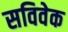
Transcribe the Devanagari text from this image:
सविवेक